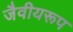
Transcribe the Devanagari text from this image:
जैवीयरूप